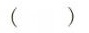
()